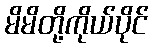
မိမိတို့ကိုယ်ပိုင်